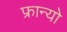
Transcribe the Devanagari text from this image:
फ्रान्यो